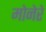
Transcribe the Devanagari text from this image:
मोनेरे